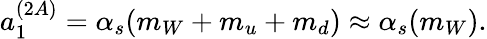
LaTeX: a_{1}^{(2A)}=\alpha_{s}(m_{W}+m_{u}+m_{d})\approx\alpha_{s}(m_{W}).